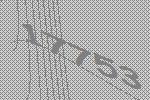
17753